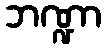
ဘဏ္ဍာ